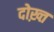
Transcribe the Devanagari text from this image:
दोख़्त